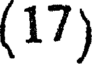
(17)